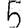
Digit: 5